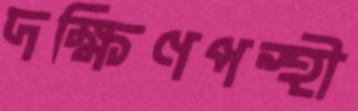
দক্ষিণপন্থী